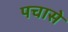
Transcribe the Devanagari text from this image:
पचासे